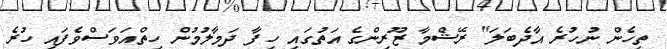
ތިހެން ނުހުރެ އާދެބަލަ" ރޭޝްމާ ޒޫރިންގެ އަތުގައި ހިފާ ދަމާލުމުން ހިތްއަވަސްވެފައި ހުރެ